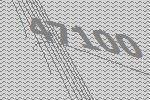
47100